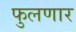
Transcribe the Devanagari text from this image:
फुलणार